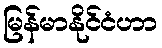
မြန်မာနိုင်ငံဟာ